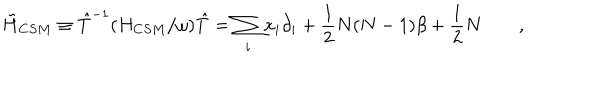
LaTeX: \tilde { H } _ { C S M } \equiv { \hat { T } ^ { - 1 } } ( H _ { C S M } / \omega ) \hat { T } = \sum _ { i } x _ { i } \partial _ { i } + \frac { 1 } { 2 } N ( N - 1 ) \beta + \frac { 1 } { 2 } N \qquad ,